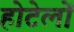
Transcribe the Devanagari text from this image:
होटेलों